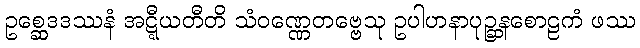
ဥစ္ဆေဒဒဿနံ အဋ္ဋီယတီတိ သံဝဏ္ဏေတဗ္ဗေသု ဥပါဟနာပုဉ္ဆနစောဠကံ ဖဿ